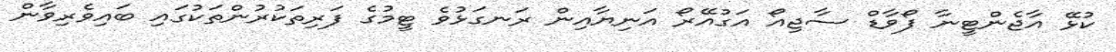
ކުޅޭ އާޖެންޓީނާ ފޯވާޑް ސާޖިއޯ އަގުއޭރޯ އަނިޔާއިން ރަނގަޅުވެ ޓީމުގެ ފަރިތަކުރުންތަކުގައި ބައިވެރިވާން